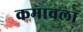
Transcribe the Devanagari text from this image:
कमावला